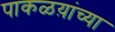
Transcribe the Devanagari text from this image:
पाकळय़ांच्या